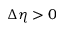
\Delta \eta > 0